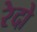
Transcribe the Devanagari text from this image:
रेदो